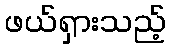
ဖယ်ရှားသည့်